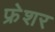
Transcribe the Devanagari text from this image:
फ्रेशर